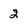
Character: 2